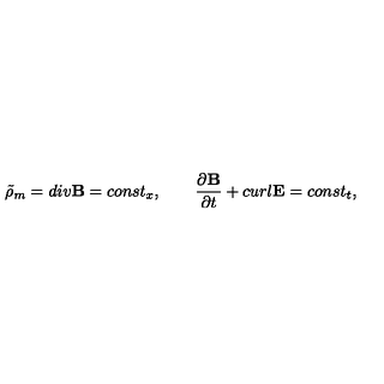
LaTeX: \tilde { \rho } _ { m } = d i v { \bf B } = c o n s t _ { x } , \qquad { \frac { \partial { \bf B } } { \partial t } } + c u r l { \bf E } = c o n s t _ { t } ,